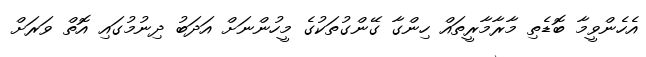
އެހެންވީމާ ބޮޑެތި މާރާމާރީތައް ހިންގާ ގޭންގުތަކުގެ މީހުންނަށް އަދަބު ދިނުމުގައި އޮތް ވަރަށް